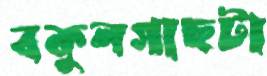
বকুলগাছটা